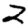
Digit: 2